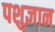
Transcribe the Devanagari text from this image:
पशुज्ञान